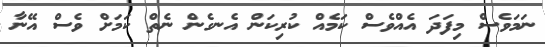
ނަމަވެސް މިފަދަ އެއްވެސް ކަމެއް ކުރިކަން އެނގެން ނެތް ކަމަށް ވެސް އޭނާ